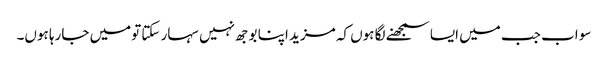
سو اب جب میں ایسا سمجھنے لگا ہوں کہ مزید اپنا بوجھ نہیں سہار سکتا تومیں جارہا ہوں۔